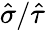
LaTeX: \hat{\sigma}/\hat{\tau}